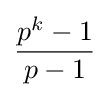
{\frac {p^{k}-1}{p-1}}